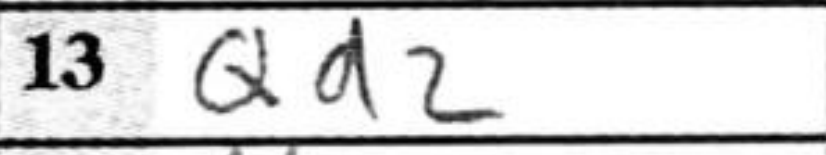
Transcription: Qa2